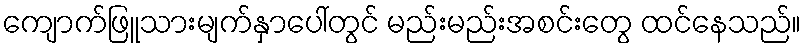
ကျောက်ဖြူသားမျက်နှာပေါ်တွင် မည်းမည်းအစင်းတွေ ထင်နေသည်။